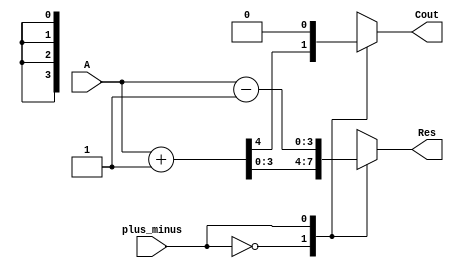
`define PLUS 1'b0
`define MINUS 1'b1
module my_alu(plus_minus, A, Res, Cout);
	input plus_minus;
	input [3:0] A;
	output Cout;
	output [3:0] Res;
	reg [3:0] Res;
	reg Cout;
	always @(plus_minus or A)
	case(plus_minus)
		 `PLUS : {Cout, Res} = A+ 4'b0001;
		 `MINUS : 
			begin
				Res = A- 4'b0001;
				Cout = 1'b0;
			end
		default : {Cout, Res} = 5'b00000;
	endcase
endmodule